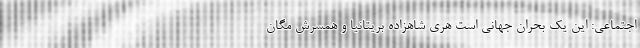
اجتماعی: این یک بحران جهانی است هری شاهزاده بریتانیا و همسرش مگان